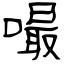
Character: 嘬